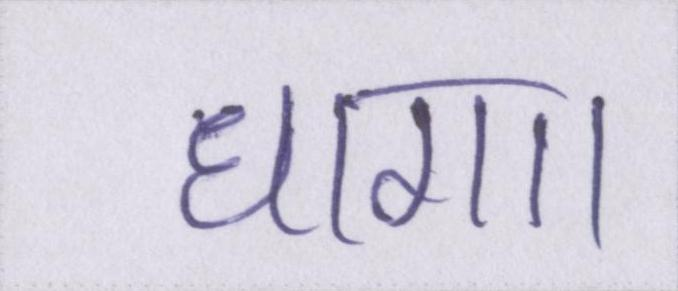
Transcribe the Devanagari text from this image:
धागा।